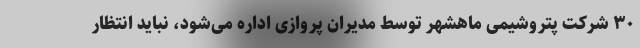
۳۰ شرکت پتروشیمی ماهشهر توسط مدیران پروازی اداره می‌شود، نباید انتظار